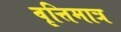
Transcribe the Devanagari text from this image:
वृत्तिमात्र